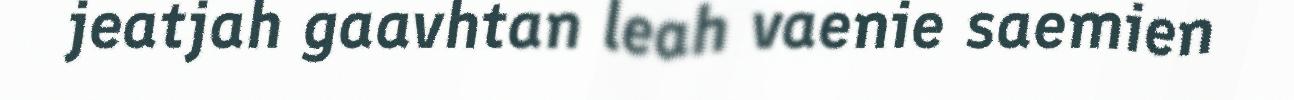
jeatjah gaavhtan leah vaenie saemien